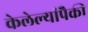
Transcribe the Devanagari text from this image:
केलेल्यांपैकी